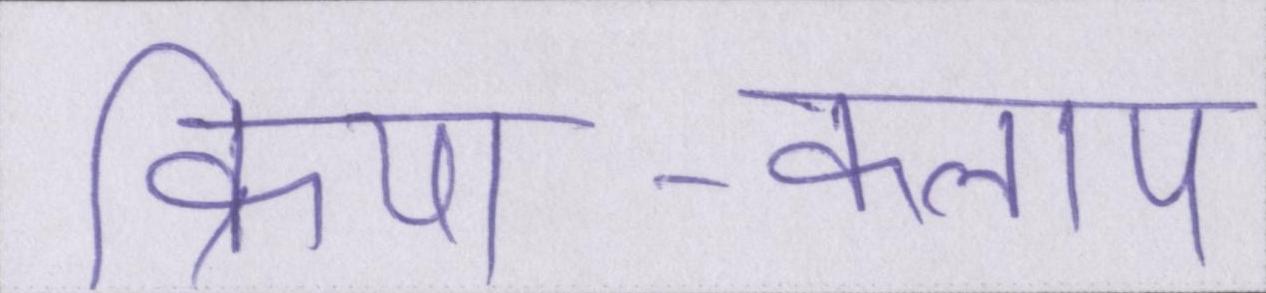
क्रिया-कलाप